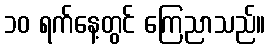
၁၀ ရက်နေ့တွင် ကြေညာသည်။